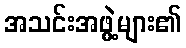
အသင်းအဖွဲ့များ၏